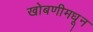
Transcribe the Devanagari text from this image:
खोबणीमधून